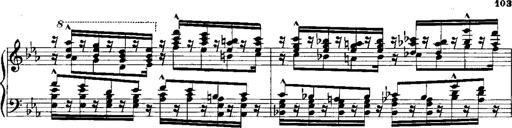
Title: RÃ©miniscences de Norma de Bellini
Composer: Franz Liszt